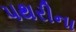
પથરીના